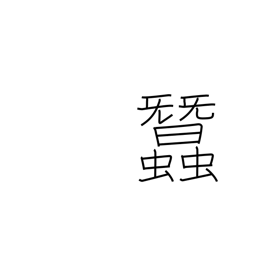
Meaning: silkworms